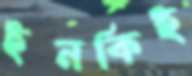
ইনকিই